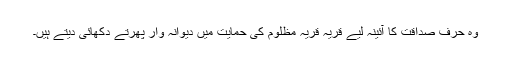
وہ حرف صداقت کا آئینہ لیے قریہ قریہ مظلوم کی حمایت میں دیوانہ وار پھرتے دکھائی دیتے ہیں۔